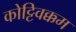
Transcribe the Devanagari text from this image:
कोट्टिवक्कम